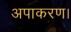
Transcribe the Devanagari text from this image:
अपाकरण।